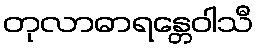
တုလာဓာရန္တေဝါသီ